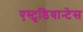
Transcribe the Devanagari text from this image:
एस्टुडियान्टेस